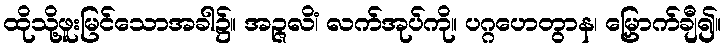
ထိုသို့ဖူးမြင်သောအခါ၌။ အဉ္ဇလိံ၊ လက်အုပ်ကို။ ပဂ္ဂဟေတွာန၊ မြှောက်ချီ၍။